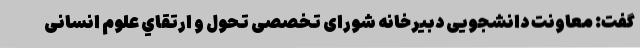
گفت: معاونت دانشجویی دبیرخانه شورای تخصصی تحول و ارتقاي علوم انسانی